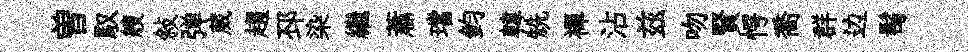
曽馭艘敍弹葳趨邳染繼蕭璫鈞韓兟襌沾兹吻賢愕喬群边髩